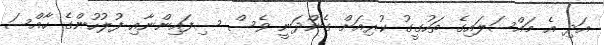
އަދި އެ މައްސަލައިގެ ތަހުގީގު ކުރިއަށް ގެންދަނީ ވެސް ސިފައިންނާއި ފުލުހުންގެ ހާއްސަ